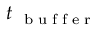
t _ { \mathrm { ~ \tiny ~ b ~ u ~ f ~ f ~ e ~ r ~ } }